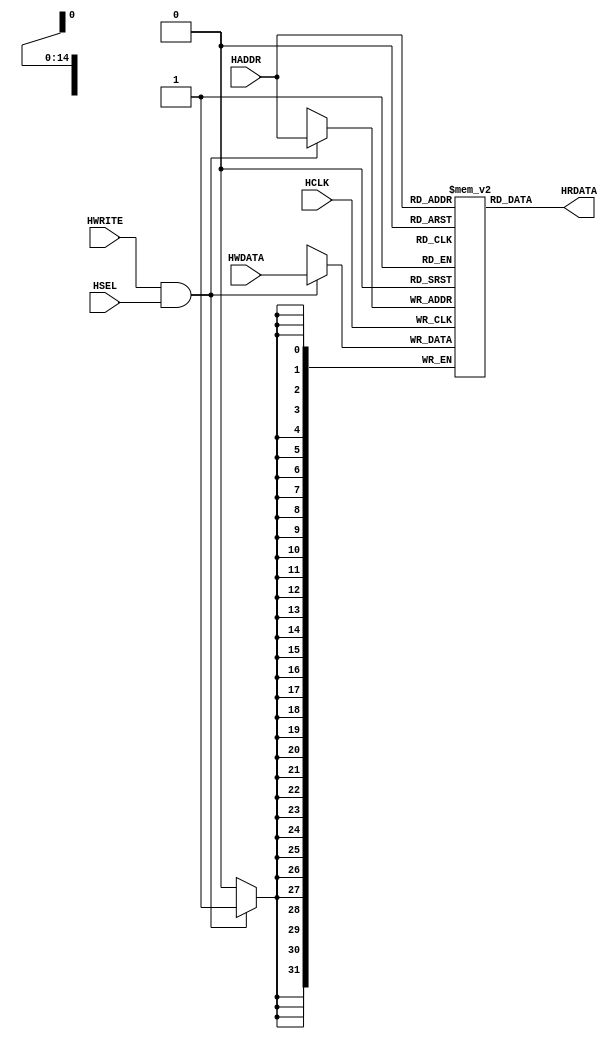
module ahb_ram(
	input         HCLK,
    input         HSEL,
    input  [16:2] HADDR,
    input         HWRITE,
    input  [31:0] HWDATA,
    
	output [31:0] HRDATA
);

  reg [31:0] ram[32767:0]; // 128KB RAM organized as 32K x 32 bits 
  
  assign HRDATA = ram[HADDR];
  
  always@(posedge HCLK)
    if (HWRITE & HSEL) ram[HADDR] <= HWDATA;
	
endmodule